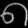
Digit: ၈